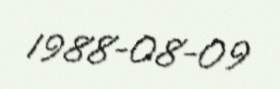
1988-08-09